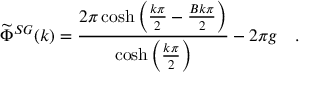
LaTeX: \widetilde { \Phi } ^ { S G } ( k ) = \frac { 2 \pi \cosh \left( \frac { k \pi } { 2 } - \frac { B k \pi } { 2 } \right) } { \cosh \left( \frac { k \pi } { 2 } \right) } - 2 \pi g \quad .